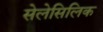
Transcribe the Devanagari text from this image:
सेलेसिलिक